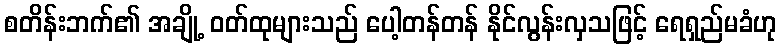
စတိန်းဘက်၏ အချို့ ဝတ်ထုများသည် ပေါ့တန်တန် နိုင်လွန်းလှသဖြင့် ရေရှည်မခံဟု